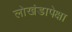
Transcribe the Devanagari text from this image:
लोखंडापेक्षा